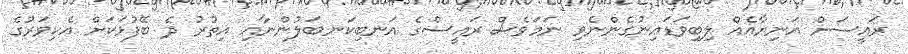
ރައީސަށް އަނިޔާއެއް ލިބިވަޑައިނުގެންނެވި ނަމަވެސް ރައީސްގެ އަނބިކަނބަލުންނާއި އިތުރު ދެ ބޭފުޅަކަށް އެކިވަރުގެ